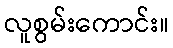
လူစွမ်းကောင်း။